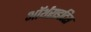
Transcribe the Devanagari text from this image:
ऑर्थराइटिस